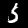
Digit: 5